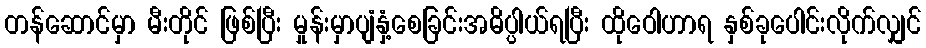
တန်ဆောင်မှာ မီးတိုင် ဖြစ်ပြီး မှုန်းမှာပျံနှံ့စေခြင်းအဓိပ္ပါယ်ရပြီး ထိုဝေါဟာရ နှစ်ခုပေါင်းလိုက်လျှင်